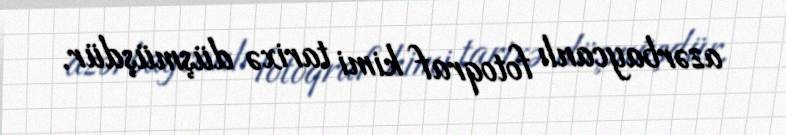
azərbaycanlı fotoqraf kimi tarixə düşmüşdür.